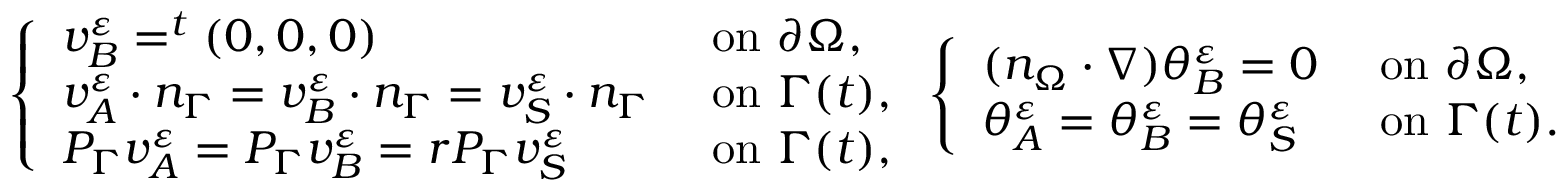
\left\{ \begin{array} { l l } { v _ { B } ^ { \varepsilon } = ^ { t } ( 0 , 0 , 0 ) } & { \mathrm { ~ o n ~ } \partial \Omega , } \\ { v _ { A } ^ { \varepsilon } \cdot n _ { \Gamma } = v _ { B } ^ { \varepsilon } \cdot n _ { \Gamma } = v _ { S } ^ { \varepsilon } \cdot n _ { \Gamma } } & { \mathrm { ~ o n ~ } \Gamma ( t ) , } \\ { P _ { \Gamma } v _ { A } ^ { \varepsilon } = P _ { \Gamma } v _ { B } ^ { \varepsilon } = r P _ { \Gamma } v _ { S } ^ { \varepsilon } } & { \mathrm { ~ o n ~ } \Gamma ( t ) , } \end{array} \right. \left\{ \begin{array} { l l } { ( n _ { \Omega } \cdot \nabla ) \theta _ { B } ^ { \varepsilon } = 0 } & { \mathrm { ~ o n ~ } \partial \Omega , } \\ { \theta _ { A } ^ { \varepsilon } = \theta _ { B } ^ { \varepsilon } = \theta _ { S } ^ { \varepsilon } } & { \mathrm { ~ o n ~ } \Gamma ( t ) . } \end{array} \right.